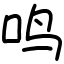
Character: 鸣